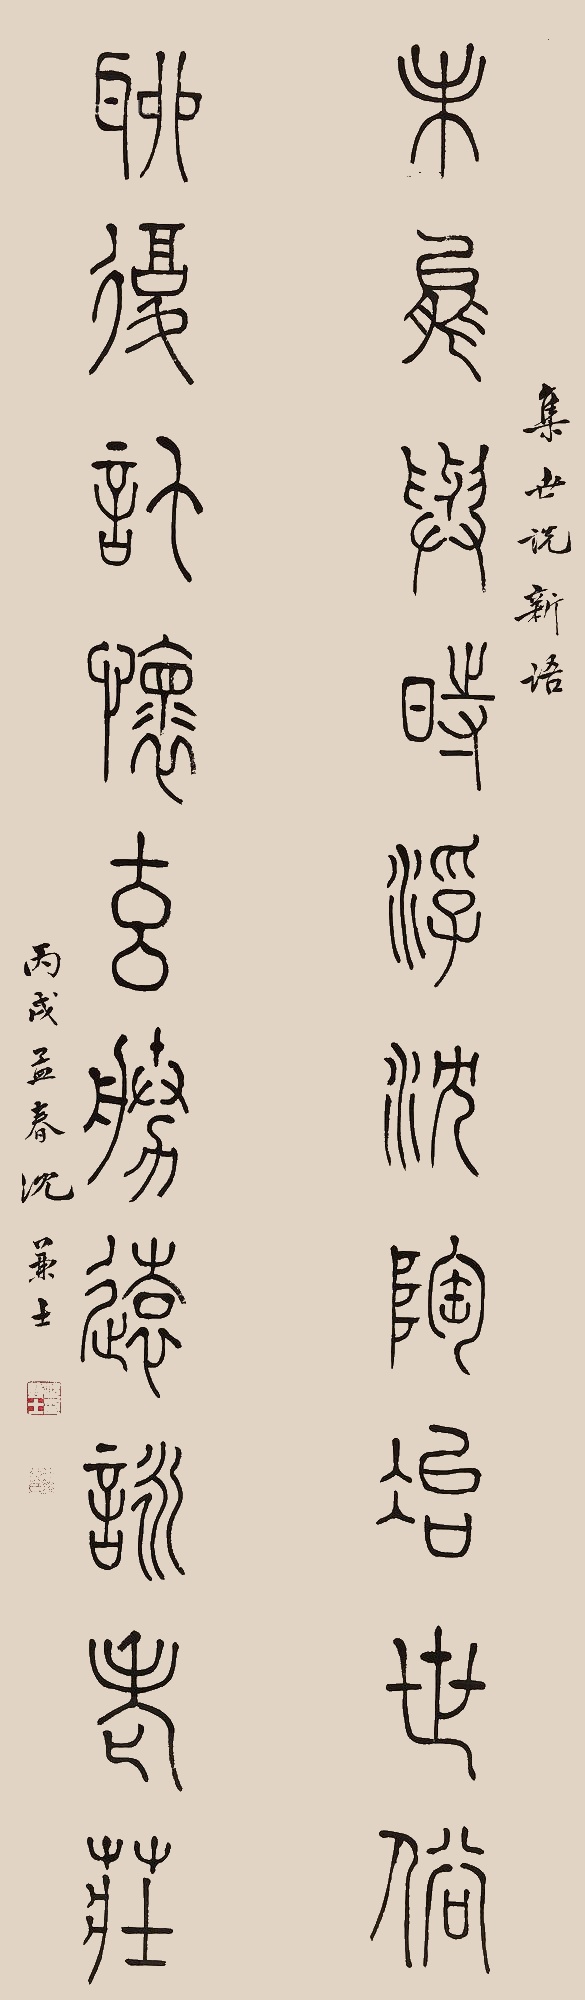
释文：未能与时浮沉陶冶世俗，聊复讬怀玄胜远咏老庄。集世说新语。丙戌孟春，沈兼士。